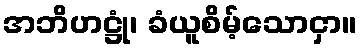
အဘိဟဋ္ဌုံ၊ ခံယူစိမ့်သောငှာ။